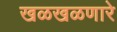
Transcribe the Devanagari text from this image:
खळखळणारे